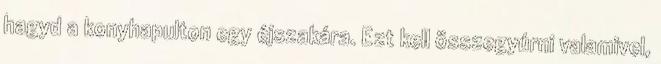
hagyd a konyhapulton egy éjszakára. Ezt kell összegyúrni valamivel,